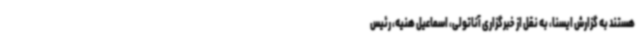
هستند به گزارش ایسنا، به نقل از خبرگزاری آناتولی، اسماعیل هنیه، رئیس